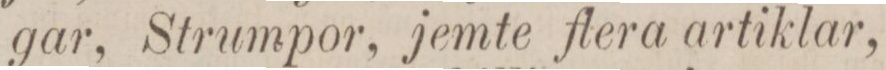
gar, Strumpor, jemte flera artiklar,